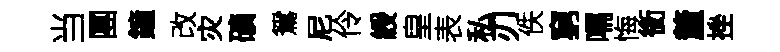
当團鐘改灾礦鴛尼伶綬皇表私刃佚窮嚅悔銜釐挫